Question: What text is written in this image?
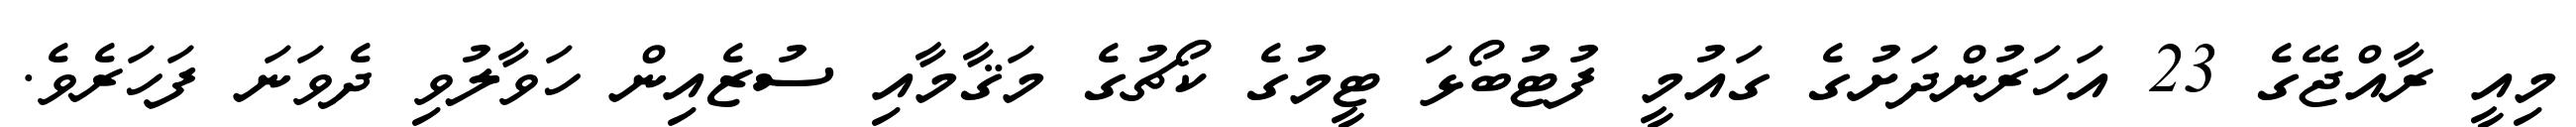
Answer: މިއީ ރާއްޖޭގެ 23 އަހަރުންދަށުގެ ގައުމީ ފުޓުބޯޅަ ޓީމުގެ ކޯޗުގެ މަޤާމާއި ސުޒެއިން ހަވާލުވި ދެވަނަ ފަހަރެވެ.